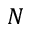
N